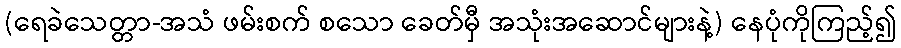
(ရေခဲသေတ္တာ-အသံ ဖမ်းစက် စသော ခေတ်မှီ အသုံးအဆောင်များနဲ့) နေပုံကိုကြည့်၍